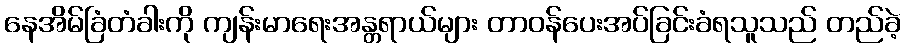
နေအိမ်ခြံတံခါးကို ကျန်းမာရေးအန္တရာယ်များ တာဝန်ပေးအပ်ခြင်းခံရသူသည် တည်ခဲ့